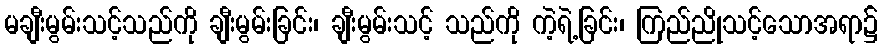
မချီးမွမ်းသင့်သည်ကို ချီးမွမ်းခြင်း၊ ချီးမွမ်းသင့် သည်ကို ကဲ့ရဲ့ခြင်း၊ ကြည်ညိုသင့်သောအရာ၌